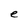
Character: e